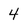
Character: 4